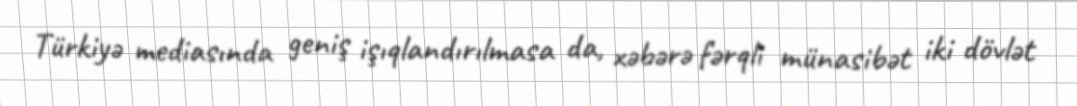
Türkiyə mediasında geniş işıqlandırılmasa da, xəbərə fərqli münasibət iki dövlət